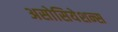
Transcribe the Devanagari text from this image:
असोसियेशन्स